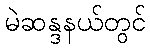
မဲဆန္ဒနယ်တွင်